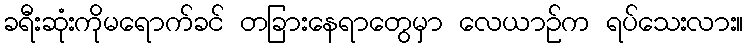
ခရီးဆုံးကိုမရောက်ခင် တခြားနေရာတွေမှာ လေယာဉ်က ရပ်သေးလား။